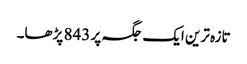
تازہ ترین ایک جگہ پر 843 پڑھا۔